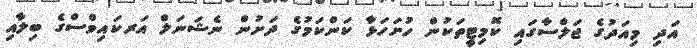
އަދި މިއަދުގެ ޖަލްސާގައި ކޮމިޓީތަކުން ހުށަހަޅާ ކަންކަމުގެ ދަށުން ނެޝަނަލް އަރކައިވްސްގެ ބިލާއި